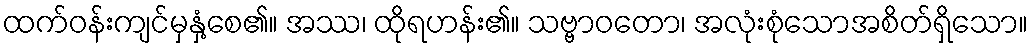
ထက်ဝန်းကျင်မှနှံ့စေ၏။ အဿ၊ ထိုရဟန်း၏။ သဗ္ဗာဝတော၊ အလုံးစုံသောအစိတ်ရှိသော။